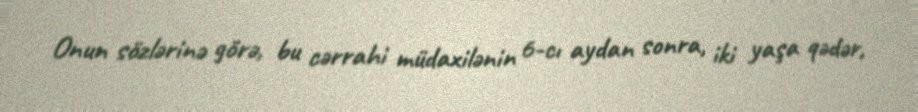
Onun sözlərinə görə, bu cərrahi müdaxilənin 6-cı aydan sonra, iki yaşa qədər,